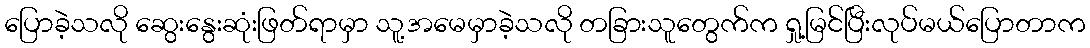
ပြောခဲ့သလို ဆွေးနွေးဆုံးဖြတ်ရာမှာ သူ့အမေမှာခဲ့သလို တခြားသူတွေက်က ရှု့မြင်ပြီးလုပ်မယ်ပြောတာက